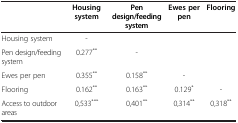
<table><thead><tr><td><b> </b></td><td><b>Housing system</b></td><td><b>Pen design/feeding system</b></td><td><b>Ewes per pen</b></td><td><b>Flooring</b></td></tr></thead><tbody><tr><td>Housing system</td><td>-</td><td> </td><td> </td><td> </td></tr><tr><td>Pen design/feeding system</td><td>0.277<sup>**</sup></td><td>-</td><td> </td><td> </td></tr><tr><td>Ewes per pen</td><td>0.355<sup>**</sup></td><td>0.158<sup>**</sup></td><td>-</td><td> </td></tr><tr><td>Flooring</td><td>0.162<sup>**</sup></td><td>0.163<sup>**</sup></td><td>0.129<sup>*</sup></td><td>-</td></tr><tr><td>Access to outdoor areas</td><td>0,533<sup>***</sup></td><td>0,401<sup>**</sup></td><td>0,314<sup>**</sup></td><td>0,318<sup>**</sup></td></tr></tbody></table>